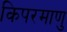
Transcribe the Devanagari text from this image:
किपरमाणु